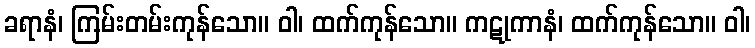
ခရာနံ၊ ကြမ်းတမ်းကုန်သော။ ဝါ၊ ထက်ကုန်သော။ ကဋုကာနံ၊ ထက်ကုန်သော။ ဝါ၊